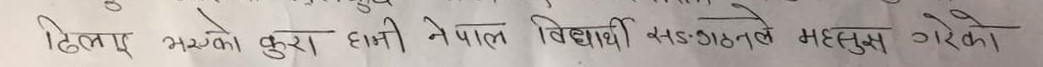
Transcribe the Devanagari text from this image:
ढिलासुस्त भएको कुरा हामी नेपाल विद्यार्थी सङ्गठनले महसुस गरेको